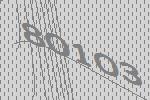
80103